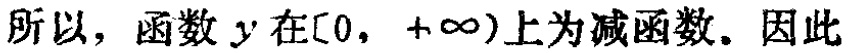
所以，函数 \(y\) 在\([0, +\infty)\)上为减函数. 因此